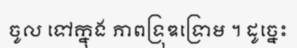
ចូល ទៅក្នុង ភាពទ្រុឌទ្រោម ។ ដូច្នេះ